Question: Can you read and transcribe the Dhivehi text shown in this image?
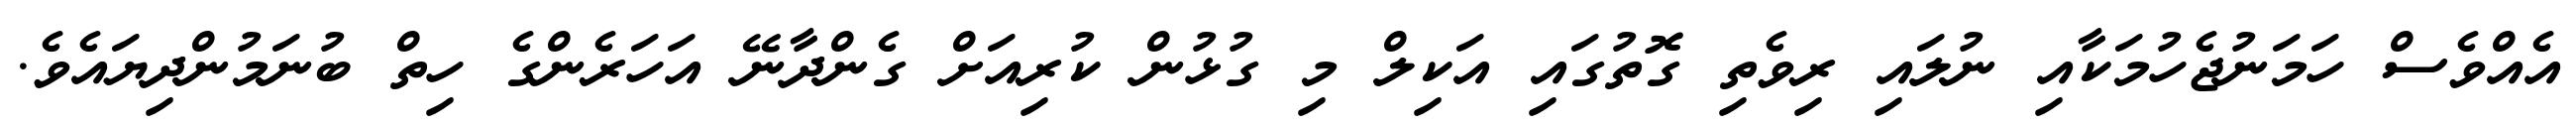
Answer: އެއްވެސް ހަމަނުޖެހުމަކާއި ނުލައި ރިވެތި ގޮތުގައި އަކިލް މި ގުޅުން ކުރިއަށް ގެންދާނޭ އަހަރެންގެ ހިތް ބުނަމުންދިޔައެވެ.